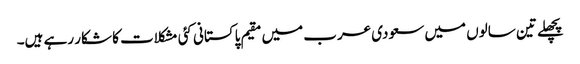
پچھلے تین سالوں میں سعودی عرب میں مقیم پاکستانی کئی مشکلات کا شکار رہے ہیں۔